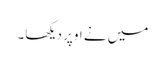
میں نے اوپر دیکھا۔